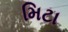
મિટા